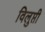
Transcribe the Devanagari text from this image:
विलुप्ती